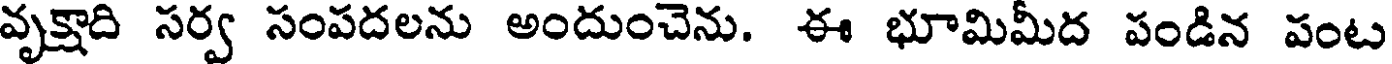
వృక్షాది సర్వ సంపదలను అందుంచెను. ఈ భూమిమీద పండిన పంట